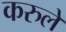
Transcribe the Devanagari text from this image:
करुले